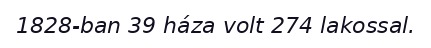
1828-ban 39 háza volt 274 lakossal.